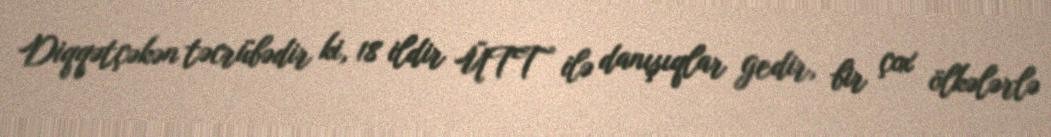
Diqqətçəkən təcrübədir ki, 18 ildir ÜTT ilə danışıqlar gedir, bir çox ölkələrlə